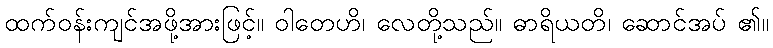
ထက်ဝန်းကျင်အဖို့အားဖြင့်။ ဝါတေဟိ၊ လေတို့သည်။ ဓာရိယတိ၊ ဆောင်အပ် ၏။